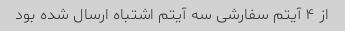
از ۴ آیتم سفارشی سه آیتم اشتباه ارسال شده بود